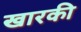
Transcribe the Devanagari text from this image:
खारकी